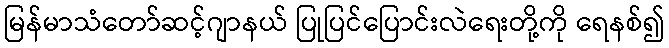
မြန်မာသံတော်ဆင့်ဂျာနယ် ပြုပြင်ပြောင်းလဲရေးတို့ကို ရေနစ်၍